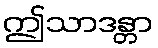
ဤသာဒန္တာ